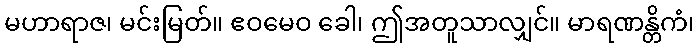
မဟာရာဇ၊ မင်းမြတ်။ ဧဝမေဝ ခေါ၊ ဤအတူသာလျှင်။ မာရဏန္တိကံ၊